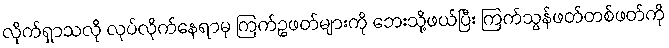
လိုက်ရှာသလို လုပ်လိုက်နေရာမှ ကြက်ဥဖတ်များကို ဘေးသို့ဖယ်ပြီး ကြက်သွန်ဖတ်တစ်ဖတ်ကို